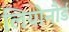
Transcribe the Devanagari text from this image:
लियोनौर्ड